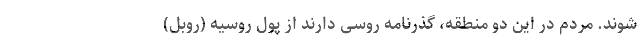
شوند. مردم در این دو منطقه، گذرنامه روسی دارند از پول روسیه (روبل)